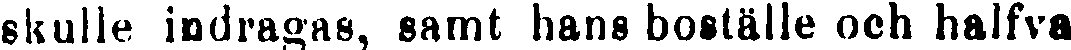
skulle indragas, samt hans boställe och halfva